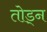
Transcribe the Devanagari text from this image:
तोड्न